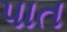
પાત